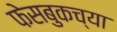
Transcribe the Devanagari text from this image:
फेसबुकच्या